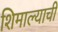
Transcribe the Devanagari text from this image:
शिमाल्याची